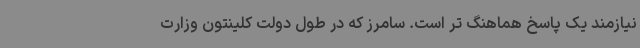
نیازمند یک پاسخ هماهنگ تر است. سامرز که در طول دولت کلینتون وزارت